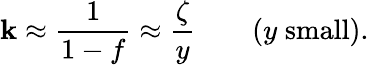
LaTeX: \mathbf{k}\approx{\frac{{1}}{{1-f}}}\approx{\frac{{\zeta}}{{y}}}\qquad(y\; \mathrm{{small}}).